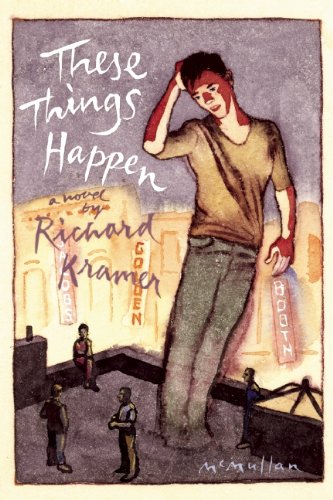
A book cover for These Things Happen; Richard Kramer; Gay & Lesbian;